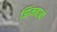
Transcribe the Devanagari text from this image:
झिंमबाब्वे